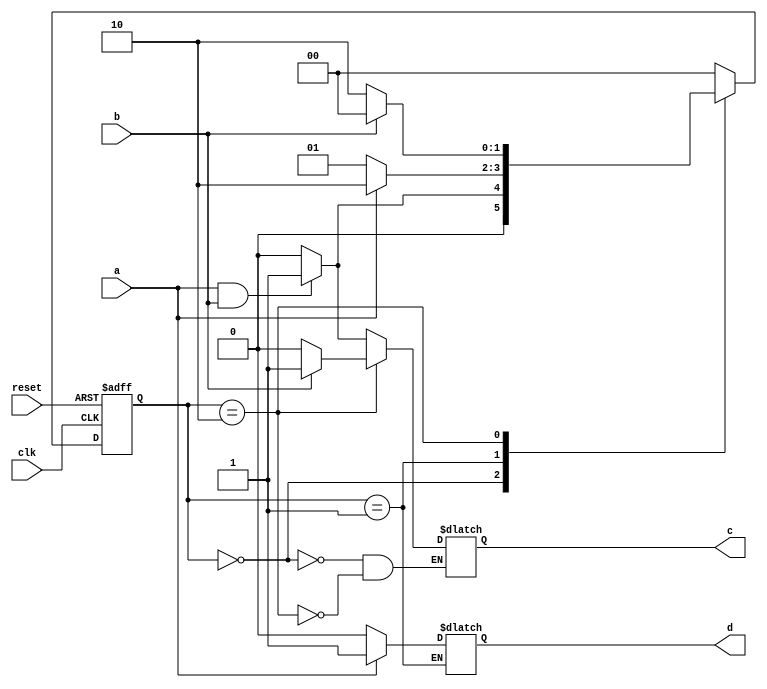
module Mealy_State_Machine (
  input wire clk, // clock input
  input wire reset, // reset signal input
  input wire a, b, // input signals
  output wire c, d // output signals
);

// Define states
parameter S0 = 2'b00; // State 0
parameter S1 = 2'b01; // State 1
parameter S2 = 2'b10; // State 2

// Define state register
reg [1:0] state, next_state;

// Define output logic
reg c_out, d_out;

// State transition logic
always @ (posedge clk or posedge reset)
begin
  if (reset)
    state <= S0;
  else
    state <= next_state;
end

// Next state and output generation logic
always @*
begin
  case (state)
    S0:
    begin
      if (a & b)
        begin
          next_state = S1;
          c_out = 1;
        end
      else
        begin
          next_state = S0;
          c_out = 0;
        end
    end
    S1:
    begin
      if (a)
        begin
          next_state = S2;
          d_out = 1;
        end
      else
        begin
          next_state = S1;
          d_out = 0;
        end
    end
    S2:
    begin
      if (b)
        begin
          next_state = S0;
          c_out = 1;
        end
      else
        begin
          next_state = S2;
          c_out = 0;
        end
    end
    default:
      next_state = S0;
  endcase
end

// Assign outputs
assign c = c_out;
assign d = d_out;

endmodule